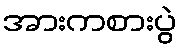
အားကစားပွဲ